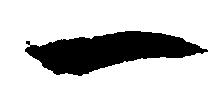
一